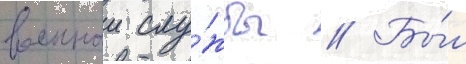
военнои слу́жбы // Бы́л